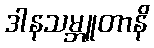
ဒါနသမ္ဘူတာနိ